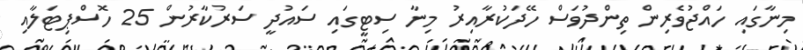
މިނާގައި ހައްޖުވެރިން ތިންދުވަސް ހޭދަކުރާއިރު މިނާ ސިޓީގައި ސައުދީ ސަރުކާރުން 25 ހޮސްޕިޓަލާއި